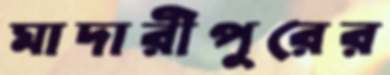
মাদারীপুরের